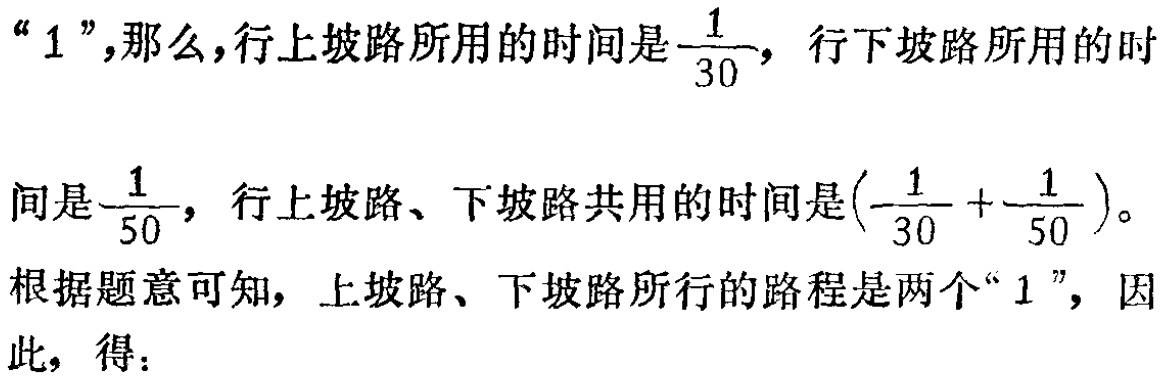
“$1$”,那么,行上坡路所用的时间是$\dfrac{1}{30}$，行下坡路所用的时

间是$\dfrac{1}{50}$，行上坡路、下坡路共用的时间是$(\dfrac{1}{30}+\dfrac{1}{50})$。

根据题意可知，上坡路、下坡路所行的路程是两个“$1$”，因

此，得：